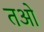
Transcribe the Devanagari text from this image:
तओ